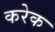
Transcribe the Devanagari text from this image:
करेक